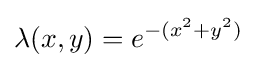
\lambda (x,y)=e^{-(x^{2}+y^{2})}